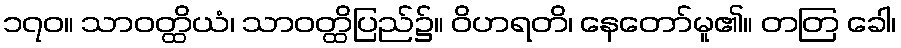
၁၇၀။ သာဝတ္ထိယံ၊ သာဝတ္ထိပြည်၌။ ဝိဟရတိ၊ နေတော်မူ၏။ တတြ ခေါ၊